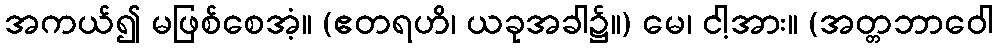
အကယ်၍ မဖြစ်စေအံ့။ (ဧတရဟိ၊ ယခုအခါ၌။) မေ၊ ငါ့အား။ (အတ္တဘာဝေါ